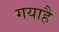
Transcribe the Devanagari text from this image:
गयाहै